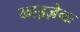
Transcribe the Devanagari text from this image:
काइज़ेनः